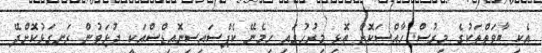
އެކި ބާވަތްތަކުގެ މިރުސް ހާއްސަކޮށް ތޮޅި މިރުހުގައި ހިމެނޭ ކެޕްސައިސިނޮއިޑްސްއަކީ ދުޅަވުން ރަނގަޅުކޮށްދޭ